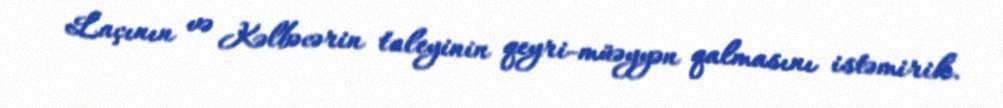
Laçının və Kəlbəcərin taleyinin qeyri-müəyyən qalmasını istəmirik.